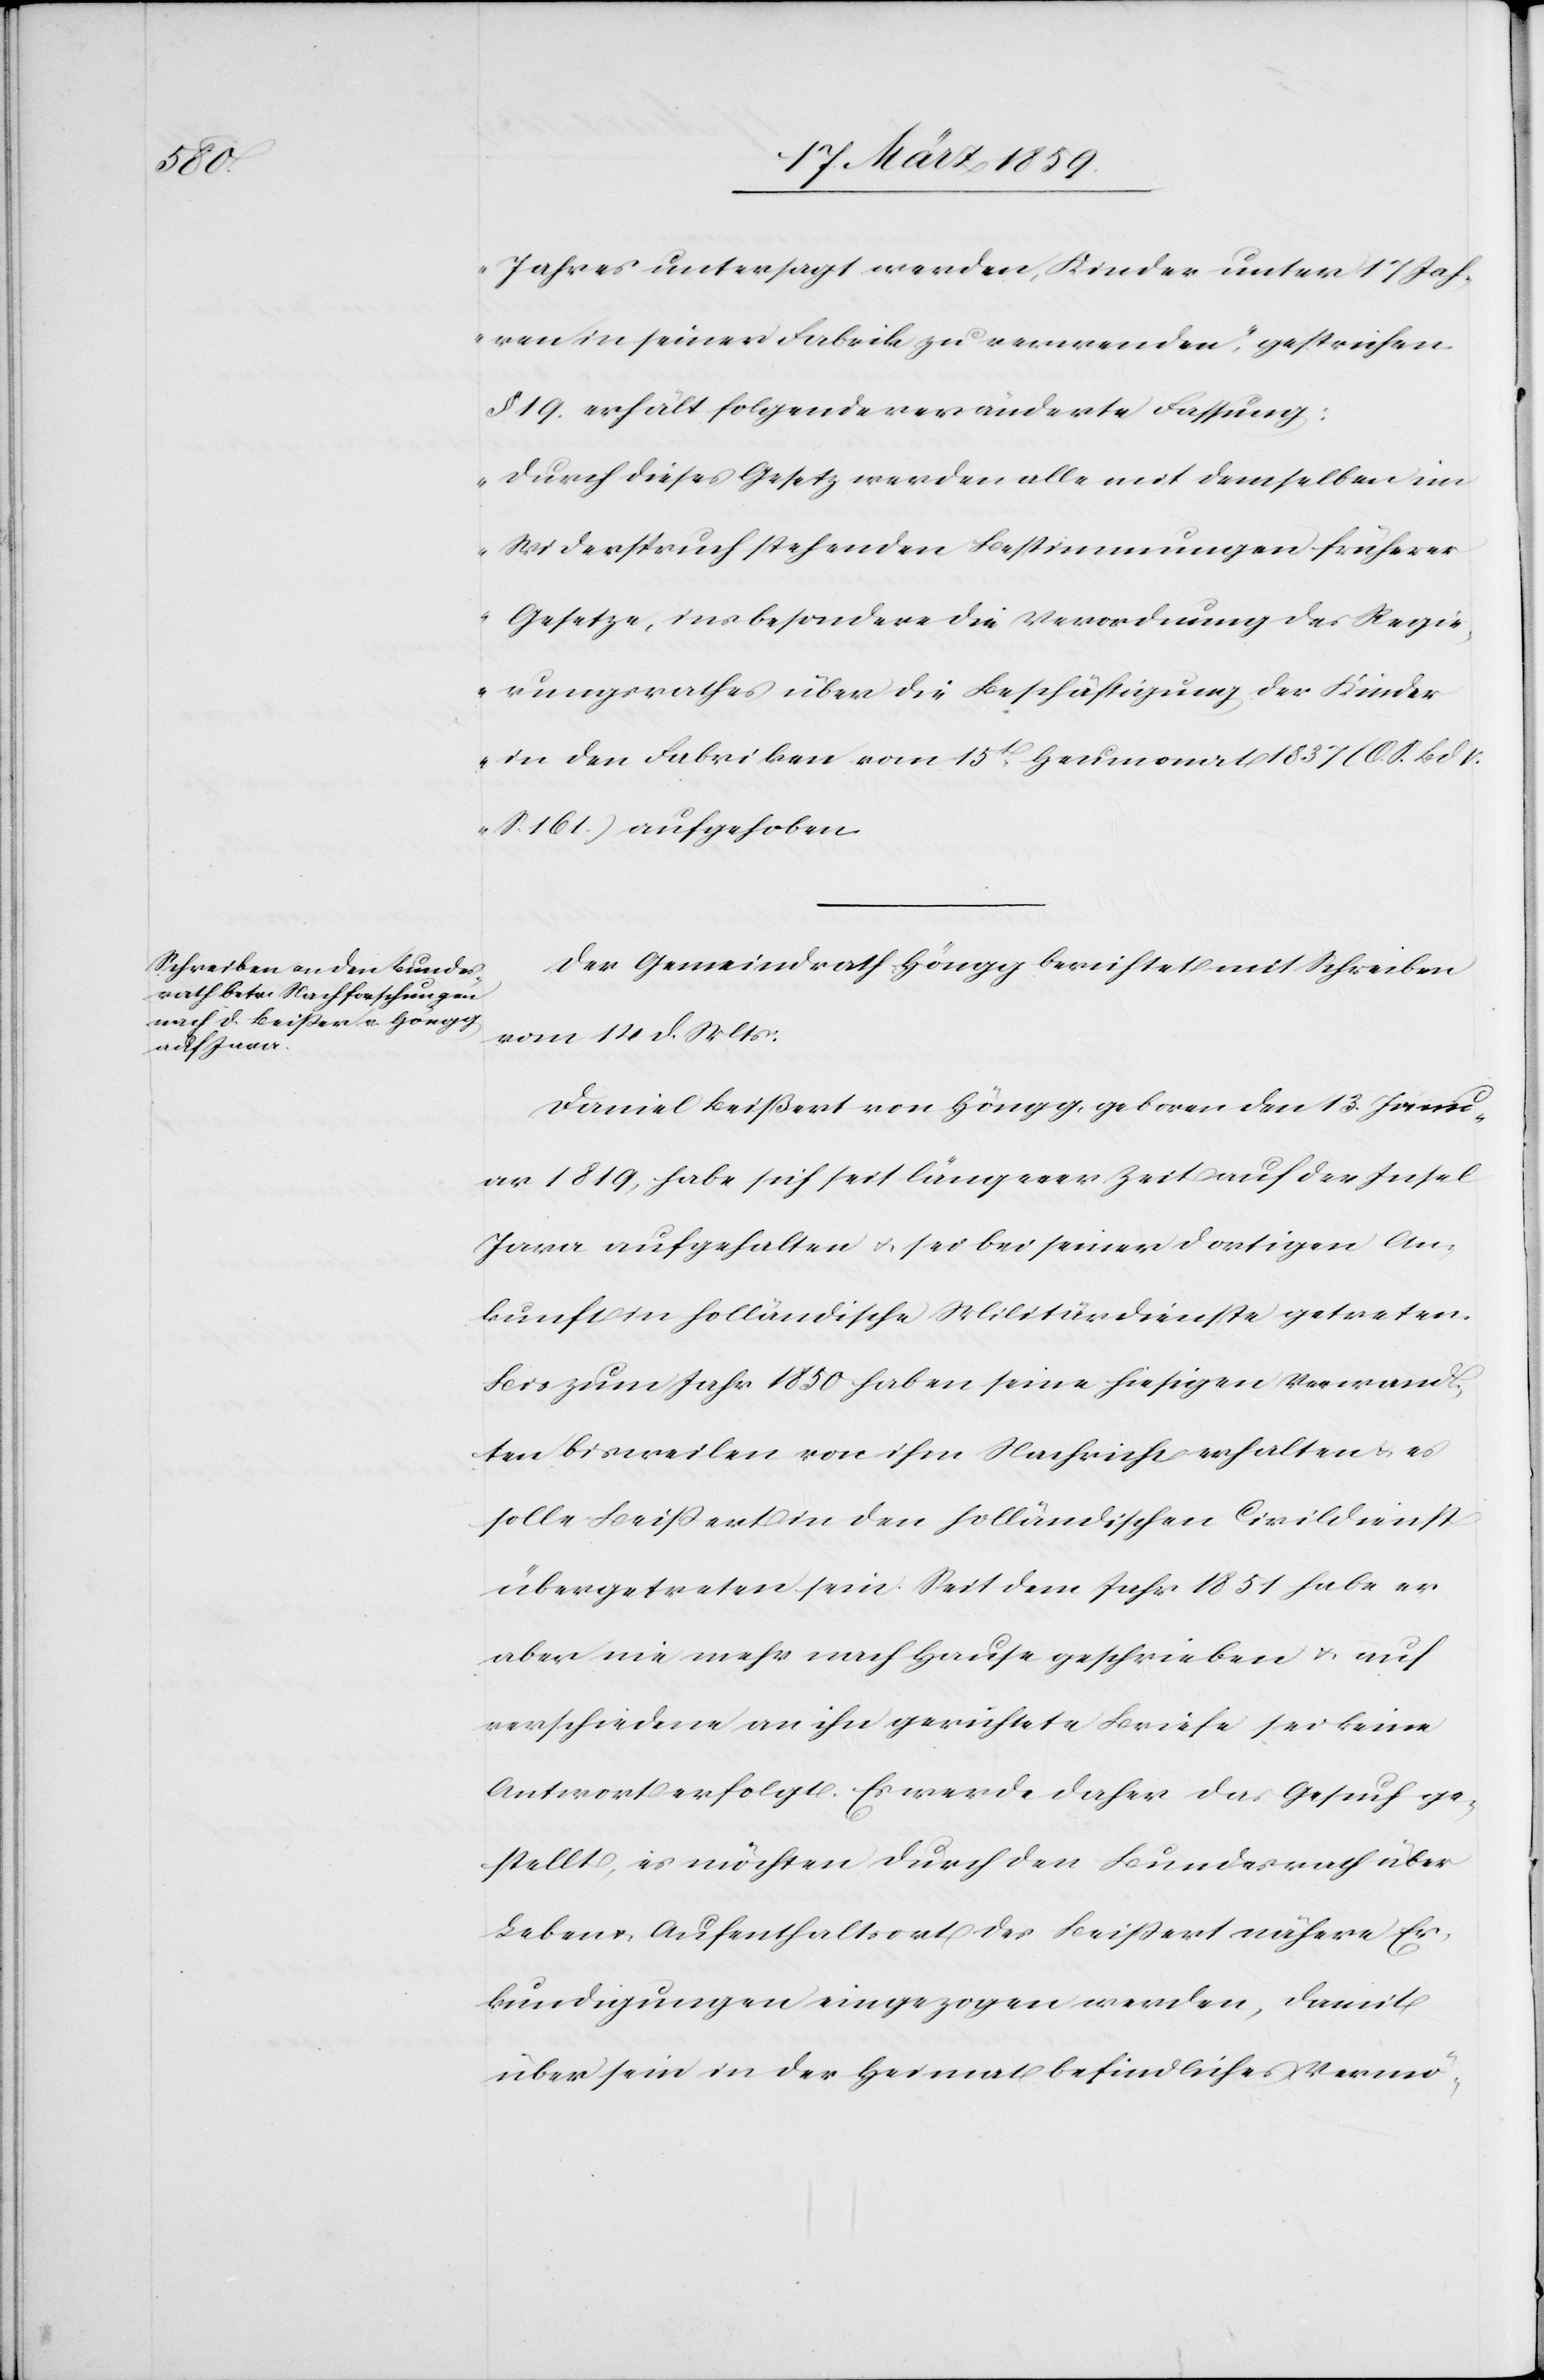
Jahres untersagt werden, Kinder unter 17 Jah¬
ren in seiner Fabrik zu verwenden“, gestrichen.
§ 19. erhält folgende veränderte Fassung:
„Durch dieses Gesetz werden alle mit demselben im
Widerspruch stehenden Bestimmungen früherer
Gesetze, insbesondere die Verordnung des Regie¬
rungsrathes über die Beschäftigung der Kinder
in den Fabriken vom 15t. Heumonat 1837 (O. S. Bd V.
s. 161.) aufgehoben.[“]
Der Gemeindrath Höngg berichtet mit Schreiben
vom 14 d. Mts:
Daniel Beißert [sic!] von Höngg, geboren den 13. Janu¬
ar 1819, habe sich seit längerer Zeit auf der Insel
Java aufgehalten u. sei bei seiner dortigen An¬
kunft in holländische Militärdienste getreten.
Bis zum Jahr 1850 haben seine hiesigen Verwand¬
ten bisweilen von ihm Nachricht erhalten u. es
solle Beißert in den holländischen Civildienst
übergetreten sein. Seit dem Jahr 1851 habe er
aber nie mehr nach Hause geschrieben u. auf
verschiedene an ihn gerichtete Briefe sei keine
Antwort erfolgt. Es werde daher das Gesuch ge¬
stellt, es möchten durch den Bundesrath über
Leben u. Aufenthaltsort des Beißert nähere Er¬
kundigungen eingezogen werden, damit
über sein in der Heimat befindliches Vermö-